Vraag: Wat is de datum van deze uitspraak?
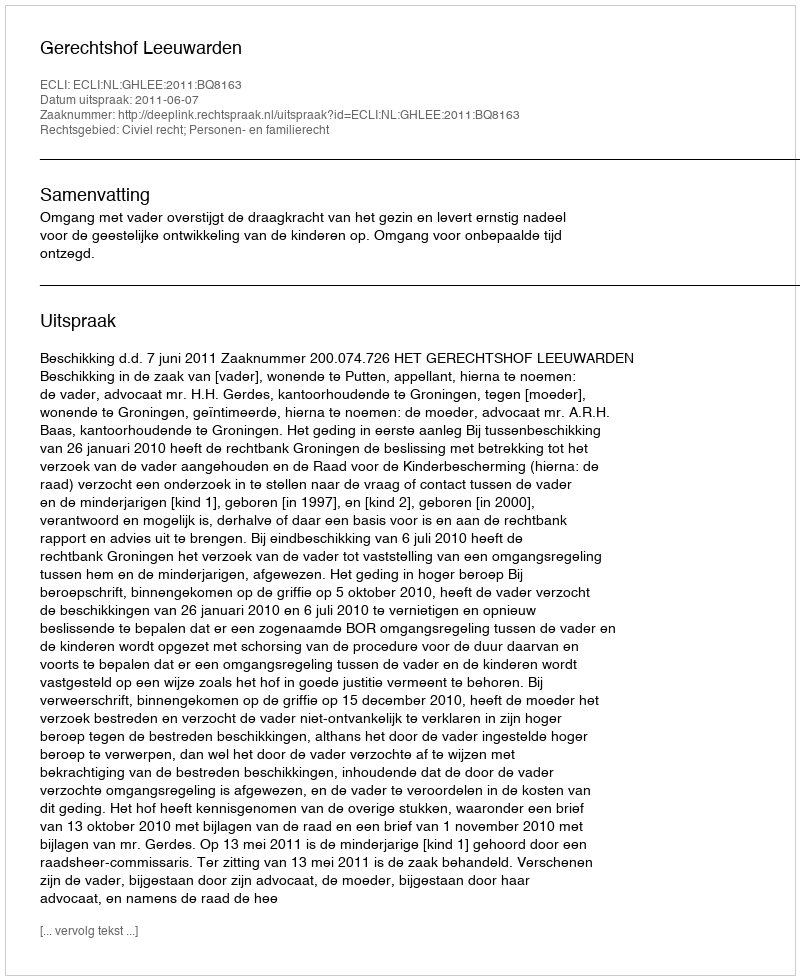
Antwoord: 2011-06-07